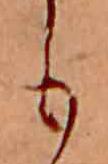
も